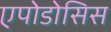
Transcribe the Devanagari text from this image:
एपोडोसिस